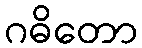
ဂဓိတော